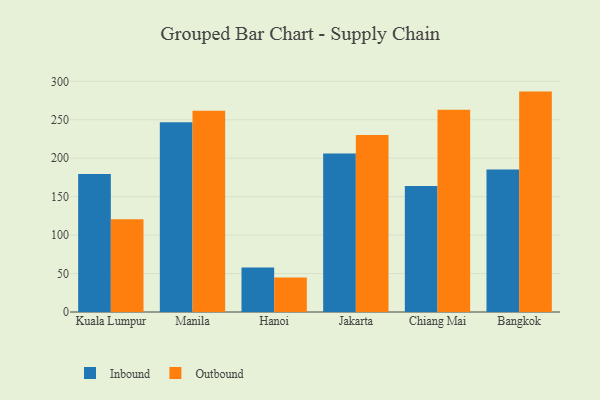
{"axis": {"x": "City", "y": "Budget (USD K)"}, "legend": ["Inbound", "Outbound"], "data": [{"x": "Kuala Lumpur", "y": 179.3, "type": "Inbound"}, {"x": "Kuala Lumpur", "y": 120.7, "type": "Outbound"}, {"x": "Manila", "y": 246.6, "type": "Inbound"}, {"x": "Manila", "y": 261.7, "type": "Outbound"}, {"x": "Hanoi", "y": 57.9, "type": "Inbound"}, {"x": "Hanoi", "y": 44.9, "type": "Outbound"}, {"x": "Jakarta", "y": 206.1, "type": "Inbound"}, {"x": "Jakarta", "y": 230.1, "type": "Outbound"}, {"x": "Chiang Mai", "y": 163.8, "type": "Inbound"}, {"x": "Chiang Mai", "y": 262.9, "type": "Outbound"}, {"x": "Bangkok", "y": 185.2, "type": "Inbound"}, {"x": "Bangkok", "y": 286.6, "type": "Outbound"}]}